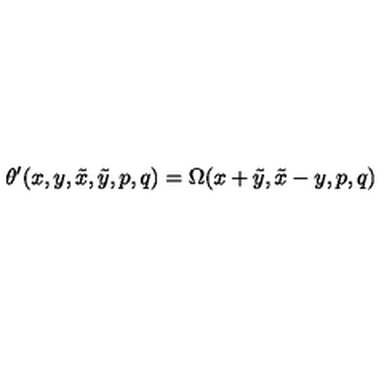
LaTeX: \theta ^ { \prime } ( x , y , \tilde { x } , \tilde { y } , p , q ) = \Omega ( x + \tilde { y } , \tilde { x } - y , p , q )